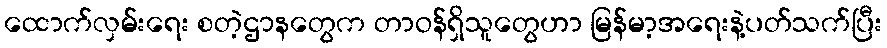
ထောက်လှမ်းရေး စတဲ့ဌာနတွေက တာဝန်ရှိသူတွေဟာ မြန်မာ့အရေးနဲ့ပတ်သက်ပြီး